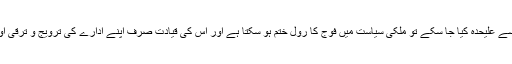
اگر قومی اور فوج کے بطور ادارہ مفاد کو ایک دوسرے سے علیحدہ کیا جا سکے تو ملکی سیاست میں فوج کا رول ختم ہو سکتا ہے اور اس کی قیادت صرف اپنے ادارے کی ترویج و ترقی اور اس کی کارکردگی پر پوری توجہ مبذول کرسکتی ہے۔